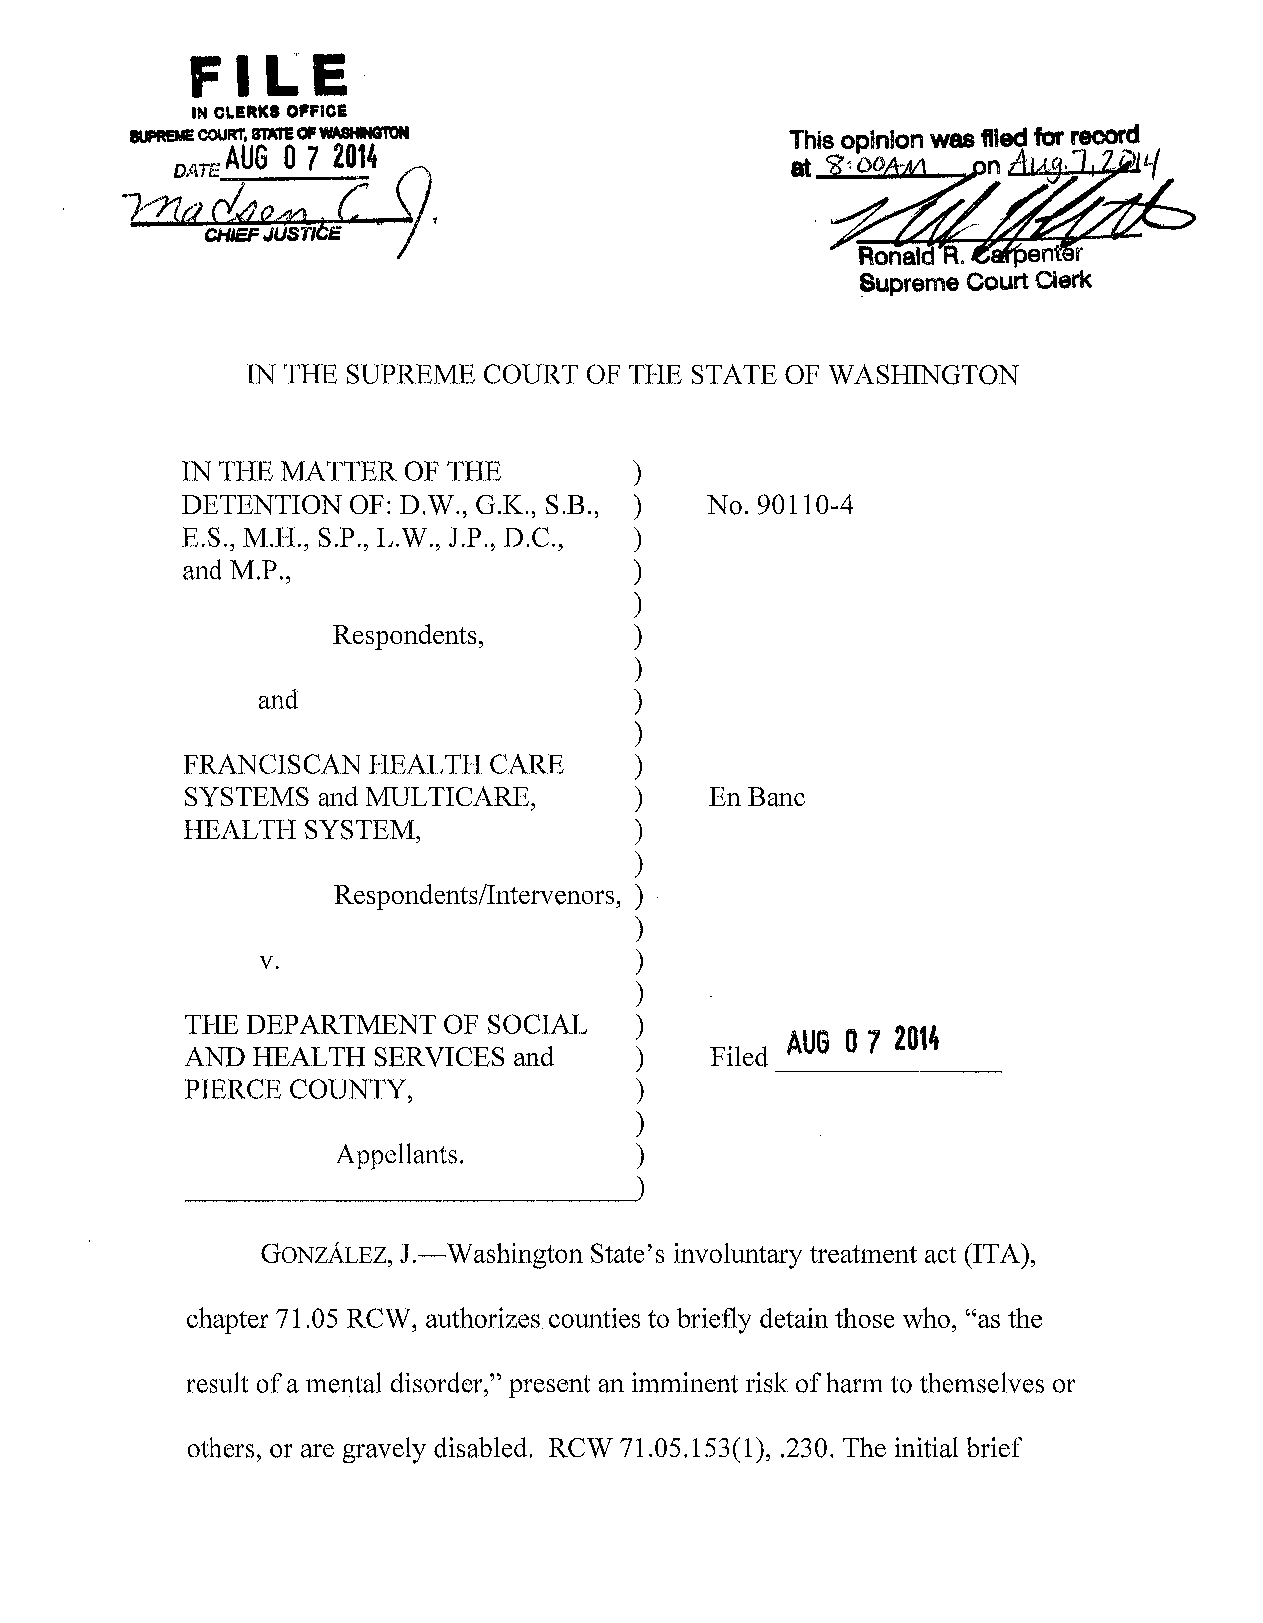
FILE
 9
 IN CLERKS OFFICE
 1UPRBE COURT, STATE OF W11I1NI•-•-.a~IGTQnQH'IM
 AUG 0 7 2014
 DATE
 ±C.: _
 7""?1a d4e4d
 1
 CHIEF JUSTICE
 IN THE SUPREME  COURT  OF THE STATE OF WASHINGTON
 IN THE MATTER  OF THE         )
 DETENTION  OF: D.W., G.K., S.B., ) No. 90110-4
 E.S., M.H., S.P., L.W., J.P., D.C., )
 and M.P.,                     )
 )
 Respondents,        )
 )
 and                      )
 )
 FRANCISCAN  HEALTH  CARE      )
 SYSTEMS  and MULTICARE,       )    EnBanc
 HEALTH  SYSTEM,               )
 )
 Respondents/Intervenors, )
 )
 v.                       )
 )
 THE DEPARTMENT   OF SOCIAL    )
 Filed AUG 0 7 2014
 AND  HEALTH  SERVICES and     )
 PIERCE COUNTY,                )
 )
 Appellants.         )
 _)
 GONZALEZ, I.-Washington State's involuntary treatment act (ITA),
 chapter 71.05 RCW, authorizes counties to briefly detain those who, "as the
 result of a mental disorder," present an imminent risk of harm to themselves or
 others, or are gravely disabled. RCW 71.05.153(1), .230. The initial brief